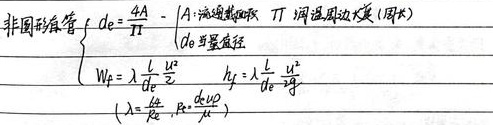
非圆形管
$\left\{\begin{array}{l}d_e=\frac{4A}{\Pi}\quad \begin{matrix}(A:\text{流通截面积},\ \Pi:\text{润湿周边长度(周长)})\\(d_e\text{ 当量直径})\end{matrix}\\W_p=\lambda\frac{l}{d_e}\frac{u^2}{2g}\quad h_f=\lambda\frac{l}{d_e}\frac{u^2}{2g}\\(\lambda = \frac{64}{Re},Re=\frac{d_eu\rho}{\mu})\end{array}\right.$